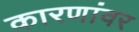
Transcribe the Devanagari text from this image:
कारणांवर